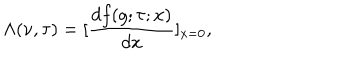
LaTeX: \Lambda ( \nu , \tau ) = [ \frac { d f ( g ; \tau ; x ) } { d x } ] _ { x = 0 } ,